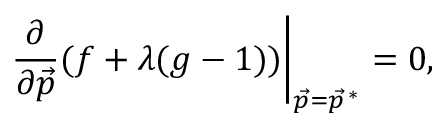
\left. { \frac { \partial } { \partial { \vec { p } } } } ( f + \lambda ( g - 1 ) ) \right| _ { { \vec { p } } = { \vec { p } } ^ { \, * } } = 0 ,